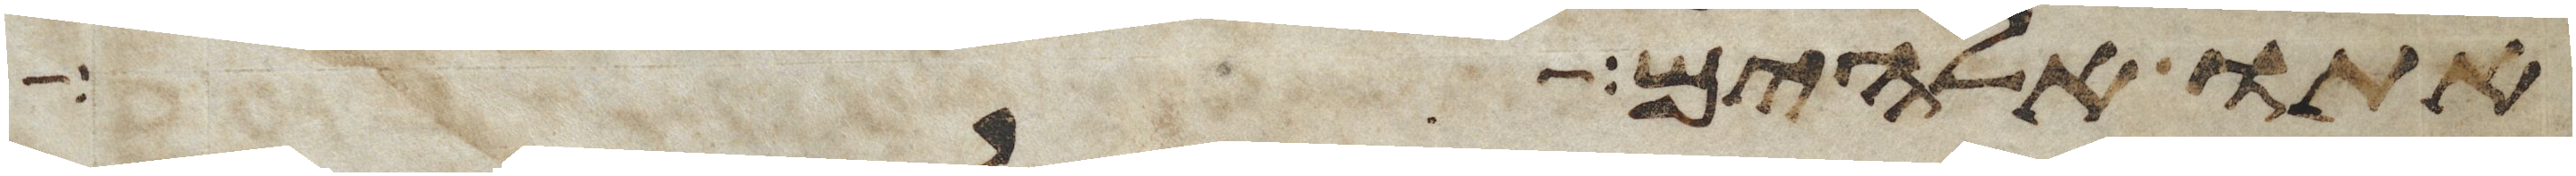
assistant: אתו אלהים